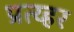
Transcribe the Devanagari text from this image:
प्रत्य्हर